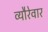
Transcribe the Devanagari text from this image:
व्यौरेवार